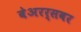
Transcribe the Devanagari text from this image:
बेअरर्सवर